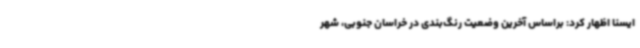
ایسنا اظهار کرد: براساس آخرین وضعیت رنگ‌بندی در خراسان جنوبی، شهر